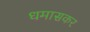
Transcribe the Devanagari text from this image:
धमासकर